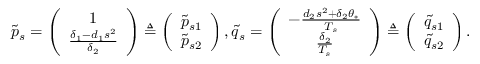
\widetilde { p } _ { s } = \left( \begin{array} { c } { 1 } \\ { \frac { \delta _ { 1 } - d _ { 1 } s ^ { 2 } } { \delta _ { 2 } } } \end{array} \right) \triangleq \left( \begin{array} { c } { \widetilde { p } _ { s 1 } } \\ { \widetilde { p } _ { s 2 } } \end{array} \right) , \widetilde { q } _ { s } = \left( \begin{array} { c } { - \frac { d _ { 2 } s ^ { 2 } + \delta _ { 2 } \theta _ { * } } { T _ { s } } } \\ { \frac { \delta _ { 2 } } { T _ { s } } } \end{array} \right) \triangleq \left( \begin{array} { c } { \widetilde { q } _ { s 1 } } \\ { \widetilde { q } _ { s 2 } } \end{array} \right) .